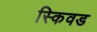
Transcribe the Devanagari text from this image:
स्किवड